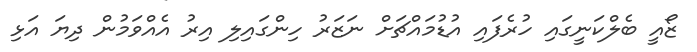
ޒޯއީ ބެލްކަނީގައި ހުރެފައި އުޑުމައްޗަށް ނަޒަރު ހިންގައިލި އިރު އެއްވަމުން ދިޔަ އަޅި